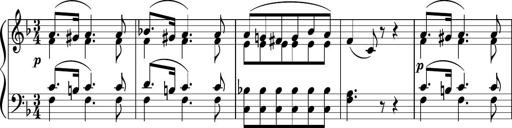
Title: 3 Sonatinen
Composer: Heinrich Lichner